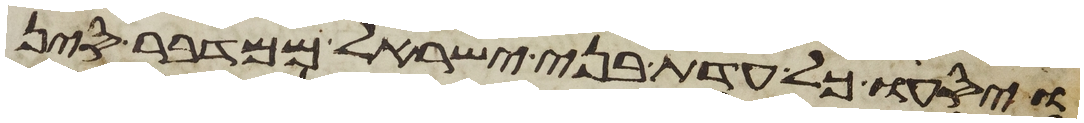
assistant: ויסעו כל עדת בני ישראל ממדבר סין